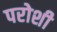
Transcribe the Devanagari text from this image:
परोशी